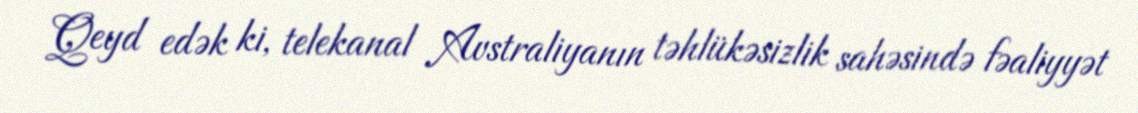
Qeyd edək ki, telekanal Avstraliyanın təhlükəsizlik sahəsində fəaliyyət